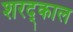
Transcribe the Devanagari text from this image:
शरद्काल